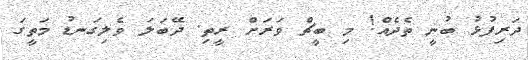
ދަރިފުޅު ބުނީ ތެދެއް! މި ބީޗް ވަރަށް ރީތި. ދޭބަލަ ވެލިގަނޑު މަތީގަ